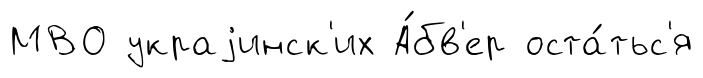
МВО украjинск'их А́бв'ер оста́тьс'я